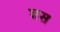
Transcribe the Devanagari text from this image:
शस